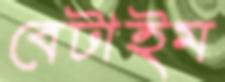
বেটাইম